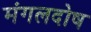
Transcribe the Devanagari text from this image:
मंगलदोष